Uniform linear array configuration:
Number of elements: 8
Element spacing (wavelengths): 1
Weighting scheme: uniform
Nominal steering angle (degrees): -60
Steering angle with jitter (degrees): -60.7
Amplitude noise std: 0.05
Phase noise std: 0.05

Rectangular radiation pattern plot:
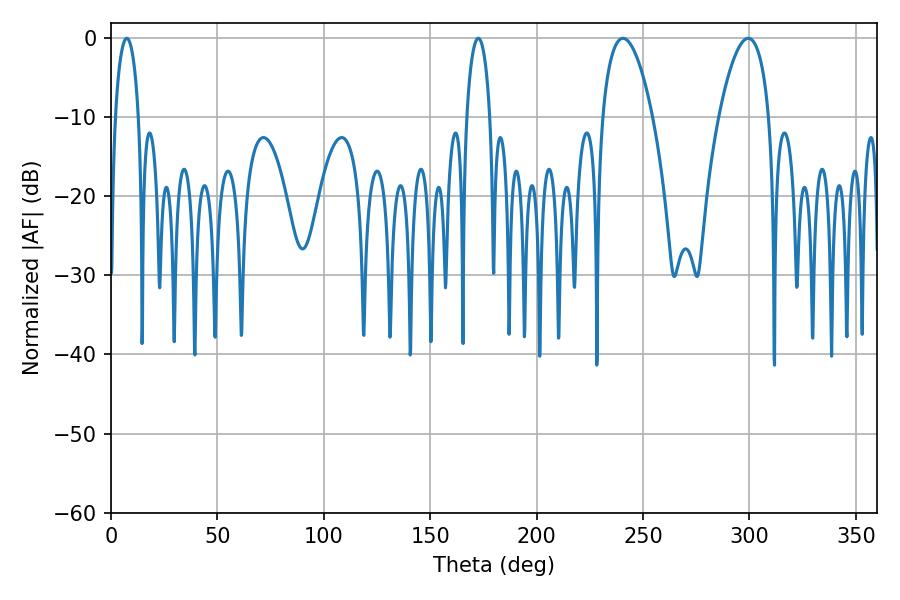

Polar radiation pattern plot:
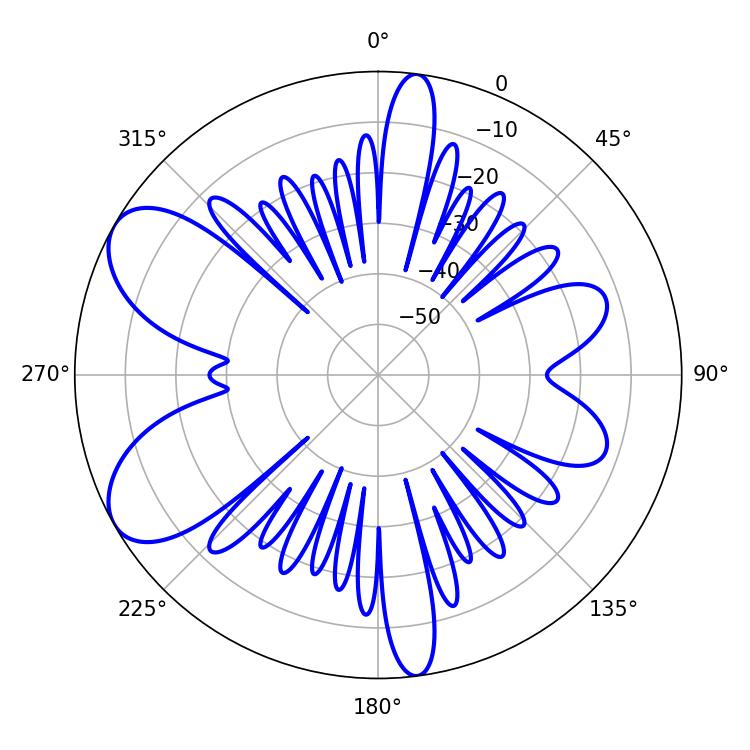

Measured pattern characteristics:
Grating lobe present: TRUE
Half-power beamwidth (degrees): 13.14
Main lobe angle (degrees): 240.48